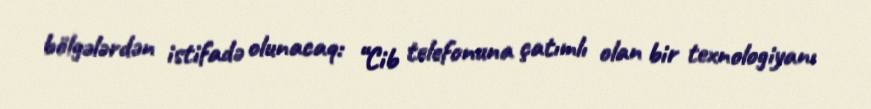
bölgələrdən istifadə olunacaq: “Cib telefonuna çatımlı olan bir texnologiyanı